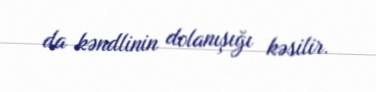
da kəndlinin dolanışığı kəsilir.